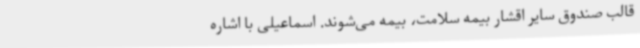
قالب صندوق سایر اقشار بیمه سلامت، بیمه می‌شوند. اسماعیلی با اشاره